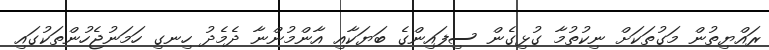
ރައްޔިތުން މަގުތަކަށް ނިކުތުމާ ގުޅިގެން ސިފައިންގެ ބަޔަކާއި އާންމުންނާ ދެމެދު ހިނގި ހަމަނުޖެހުންތަކުގައި